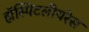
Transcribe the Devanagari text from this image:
हॉस्पिटलीयरेस